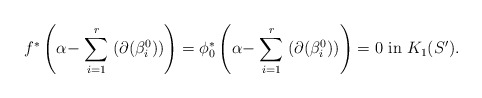
\begin{align*} f^*\left(\alpha - \stackrel{r}{\underset{i = 1}\sum}(\partial(\beta^0_i))\right) = \phi^*_0\left(\alpha - \stackrel{r}{\underset{i = 1}\sum}(\partial(\beta^0_i))\right) = 0 \ \mbox{in} \ K_1(S').\end{align*}